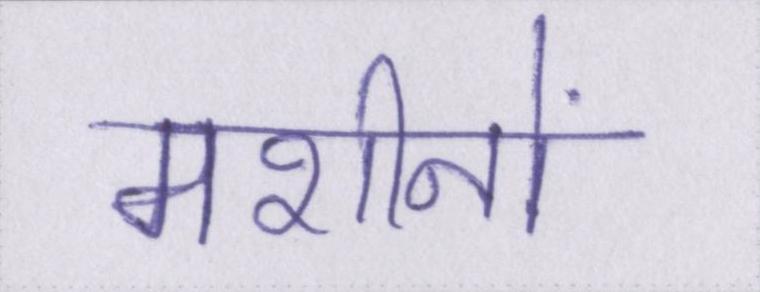
मशीनों